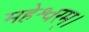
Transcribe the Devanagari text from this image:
महेश्वरम्।